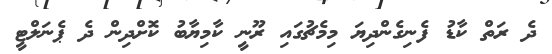
ދެ ރަތް ކާޑު ފެނިގެންދިޔަ މިމެޗުގައި ރޫނީ ކާމިޔާބު ކޮށްދިން ދެ ޕެނަލްޓީ